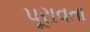
પૂરાવતા